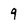
Character: 9